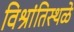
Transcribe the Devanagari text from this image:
विश्रांतिस्थळे